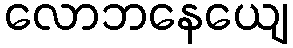
လောဘနေယျေ